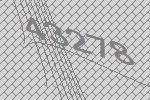
43278